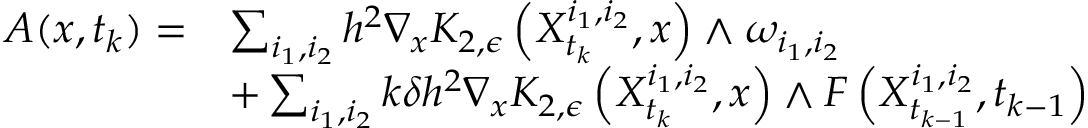
\begin{array} { r l } { A ( x , t _ { k } ) = } & { \sum _ { i _ { 1 } , i _ { 2 } } h ^ { 2 } \nabla _ { x } K _ { 2 , \epsilon } \left( X _ { t _ { k } } ^ { i _ { 1 } , i _ { 2 } } , x \right) \wedge \omega _ { i _ { 1 } , i _ { 2 } } } \\ & { + \sum _ { i _ { 1 } , i _ { 2 } } k \delta h ^ { 2 } \nabla _ { x } K _ { 2 , \epsilon } \left( X _ { t _ { k } } ^ { i _ { 1 } , i _ { 2 } } , x \right) \wedge F \left( X _ { t _ { k - 1 } } ^ { i _ { 1 } , i _ { 2 } } , t _ { k - 1 } \right) } \end{array}